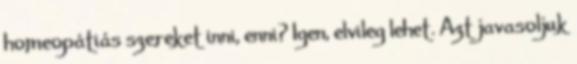
homeopátiás szereket inni, enni? Igen, elvileg lehet. Azt javasoljuk